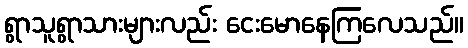
ရွာသူရွာသားများလည်း ငေးမောနေကြလေသည်။